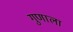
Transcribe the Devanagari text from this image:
गुणाला